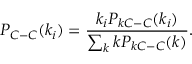
P _ { C - C } ( k _ { i } ) = \frac { k _ { i } P _ { k C - C } ( k _ { i } ) } { \sum _ { k } k P _ { k C - C } ( k ) } .